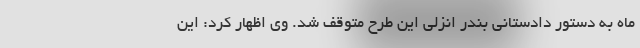
ماه به دستور دادستانی بندر انزلی این طرح متوقف شد. وی اظهار کرد: این